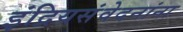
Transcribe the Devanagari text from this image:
इंद्रियसंवेदनांना